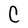
Character: C